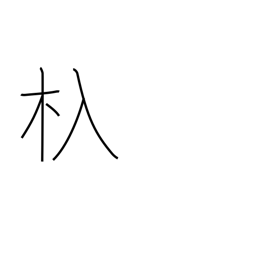
Meaning: sluice